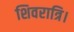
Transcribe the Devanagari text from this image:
शिवरात्रि।